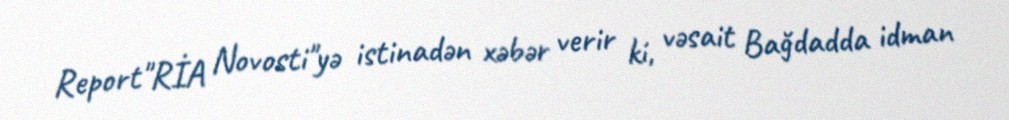
Report"RİA Novosti"yə istinadən xəbər verir ki, vəsait Bağdadda idman